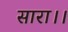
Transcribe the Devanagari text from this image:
सारा।।